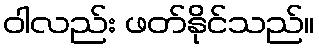
ဝါလည်း ဖတ်နိုင်သည်။